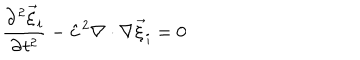
LaTeX: \frac { \partial ^ { 2 } { \vec { \xi } } _ { i } } { \partial t ^ { 2 } } - { \hat { c } } ^ { 2 } \nabla \cdot \nabla { \vec { \xi } } _ { i } = 0